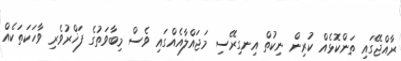
ރާއްޖޭގައި ތަންކޮޅެއް ކުރިން ނިކުތް އިނގިރޭސި މަޖައްލާއެއްގައި ވެސް މިބާވަތުގެ ފަޚްރުވެރި ވާހަކަތަކެއް